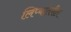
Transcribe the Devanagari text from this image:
लिप्यांतरीत